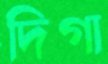
দিগা